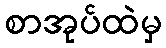
စာအုပ်ထဲမှ